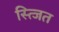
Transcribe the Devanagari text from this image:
स्त्जित